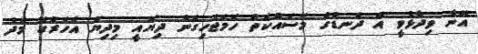
އޭނާ ވިދާޅުވީ އެ ދަނޑުގެ މަސައްކަތް ހަމަޖެހިގެން ދިޔައީ މިދިޔަ އަހަރުގެ މެދު